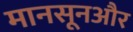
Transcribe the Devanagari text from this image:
मानसूनऔर